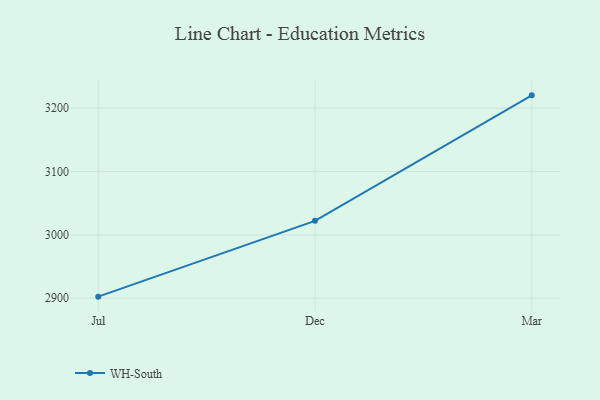
{"axis": {"x": "Month", "y": "Operating Costs (USD K)"}, "legend": ["WH-South"], "data": [{"x": "Jul", "y": 2902.5, "type": "WH-South"}, {"x": "Dec", "y": 3022.1, "type": "WH-South"}, {"x": "Mar", "y": 3220.2, "type": "WH-South"}]}